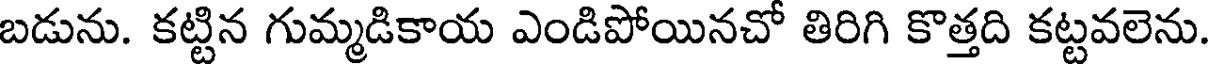
బడును. కట్టిన గుమ్మడికాయ ఎండిపోయినచో తిరిగి కొత్తది కట్టవలెను.